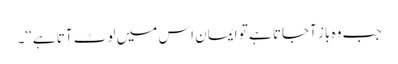
جب وہ باز آجاتا ہے تو ایمان اس میں لوٹ آتا ہے‘‘۔